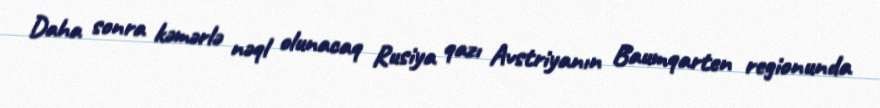
Daha sonra kəmərlə nəql olunacaq Rusiya qazı Avstriyanın Baumqarten regionunda